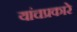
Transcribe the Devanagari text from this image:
यांचप्रकारे